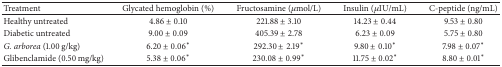
| Treatment | Glycated hemoglobin (%) | Fructosamine (μmol/L) | Insulin (μIU/mL) | C-peptide (ng/mL) |
 | --- | --- | --- | --- | --- |
 | Healthy untreated | 4.86 ± 0.10 | 221.88 ± 3.10 | 14.23 ± 0.44 | 9.53 ± 0.80 |
 | Diabetic untreated | 9.00 ± 0.09 | 405.39 ± 2.78 | 6.23 ± 0.09 | 5.75 ± 0.80 |
 | G. arborea (1.00 g/kg) | 6.20 ± 0.06∗ | 292.30 ± 2.19∗ | 9.80 ± 0.10∗ | 7.98 ± 0.07∗ |
 | Glibenclamide (0.50 mg/kg) | 5.38 ± 0.06∗ | 230.08 ± 0.99∗ | 11.75 ± 0.02∗ | 8.80 ± 0.01∗ |